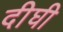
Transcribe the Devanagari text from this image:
दीघी